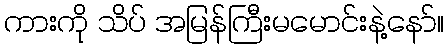
ကားကို သိပ် အမြန်ကြီးမမောင်းနဲ့နော်။